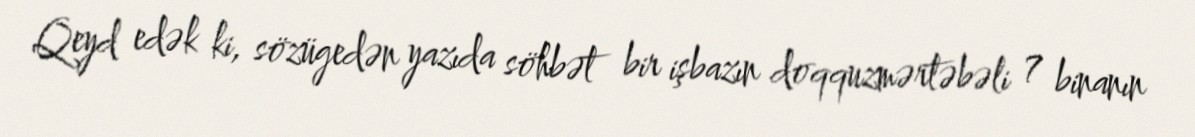
Qeyd edək ki, sözügedən yazıda söhbət bir işbazın doqquzmərtəbəli 7 binanın